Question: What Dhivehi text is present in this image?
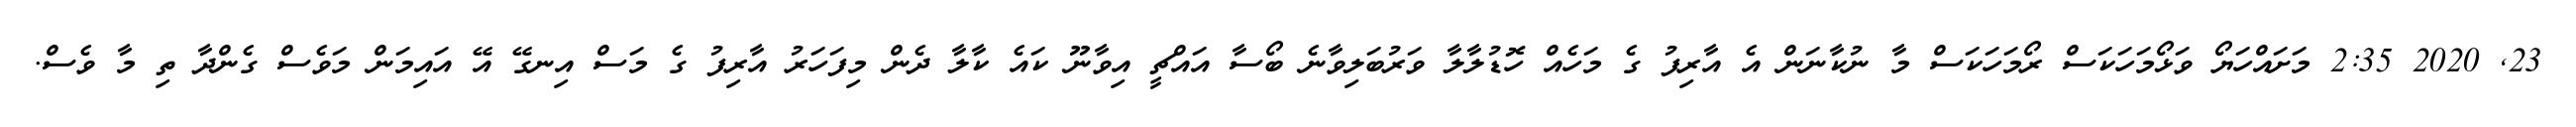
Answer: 23, 2020 2:35 މަށައްހަޔޯ ވަޅޯމަހަކަސް ރޯމަހަކަސް މާ ނުކާނަން އެ އާރިފު ގެ މަހެއް ހޮޑުލާލާ ވަރުބަލިވާނެ ބޯސާ އައްޗީ އިވާނޫ ކައެ ކާލާ ދެން މިފަހަރު އާރިފު ގެ މަސް އިނގޭ އޭ އައިމަން މަވެސް ގެންދާ ތި މާ ވެސް.